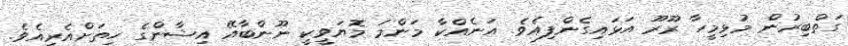
ގަތްބިރުން މުޅިމީހާ ރޫރޫ އަޅައިގެންފިއެވެ. އަނެއްކާ މަންމަ މޮޔަވީކީ ނޫންބާއޭ އިޝާންގެ ހިތަށްއެރިއެވެ.